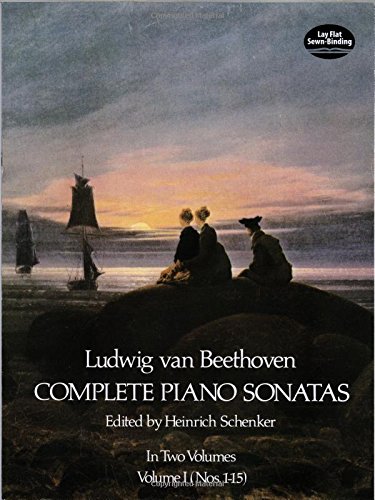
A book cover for Ludwig Van Beethoven Complete Piano Sonatas Volume 1 (Nos. 1-15); Ludwig van Beethoven; Humor & Entertainment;